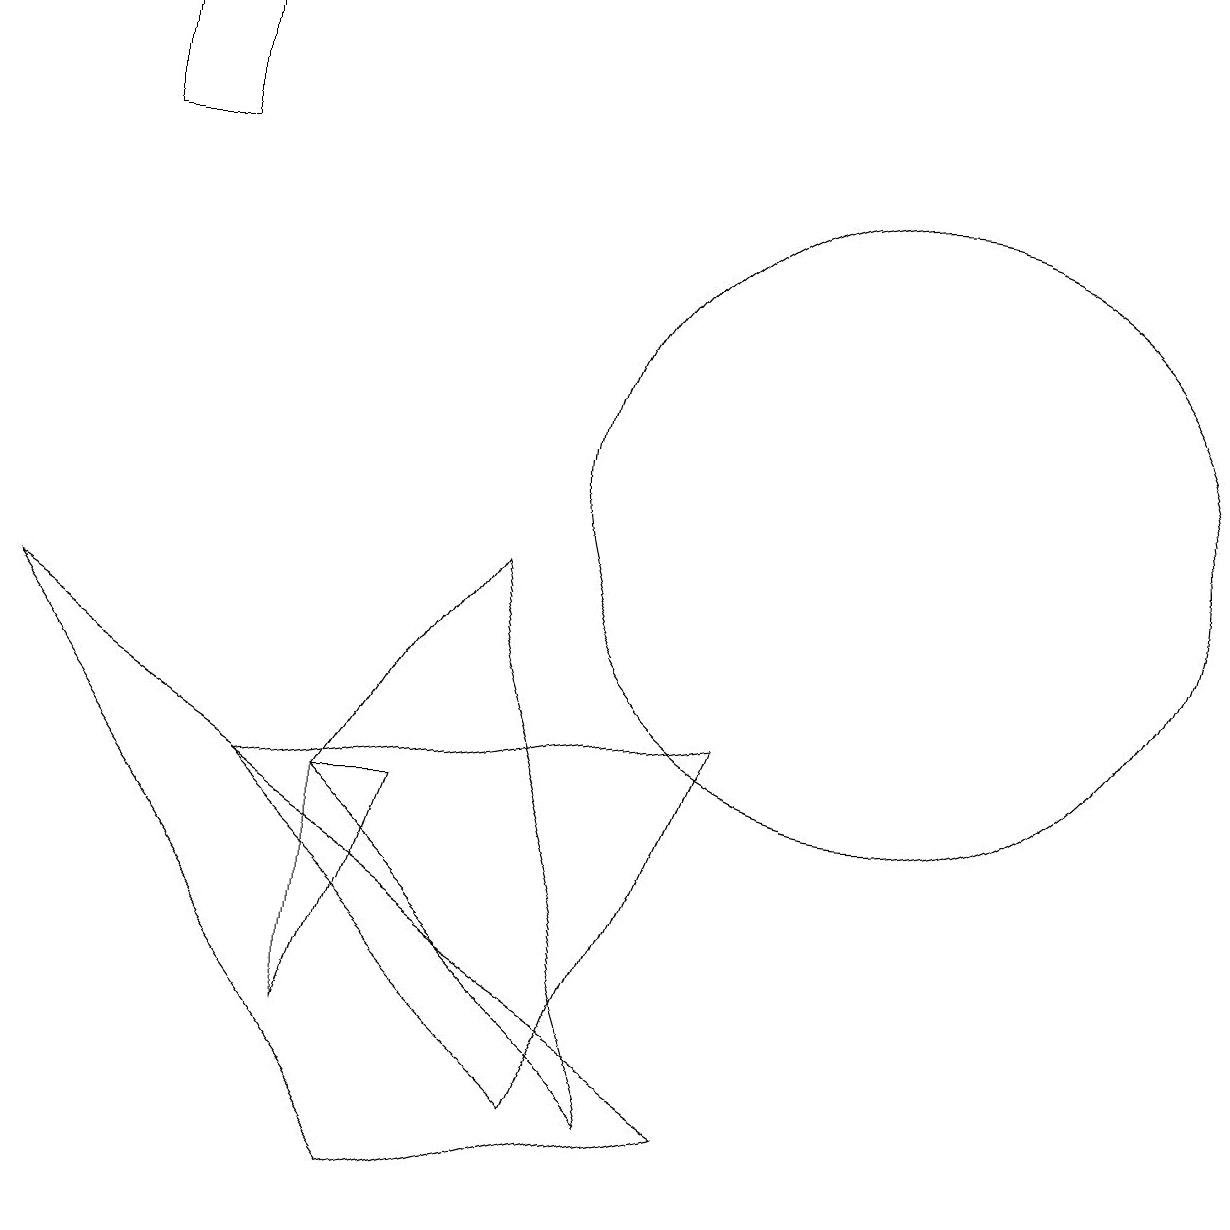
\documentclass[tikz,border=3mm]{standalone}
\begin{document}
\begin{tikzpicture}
\draw (5,1) -- (0,8) -- (9,2) -- cycle;
\draw (11,10) circle (4);
\draw (3,6) -- (9,7) -- (7,2) -- cycle;
\draw (6,9) -- (4,6) -- (8,2) -- cycle;
\draw (4,6) -- (5,6) -- (4,3) -- cycle;
\draw (1,16) rectangle (2,14);
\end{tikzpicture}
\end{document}